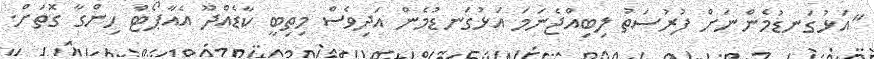
"އަޅުގަނޑުމެންނަށް ފުރުސަތު ލިބިއްޖެނަމަ އަޅުގަނޑުމެން އަދިވެސް މިތިބީ ކާޑެއްދޫ އެއާޕޯޓް ހިންގާ ގޮތަށް.